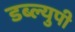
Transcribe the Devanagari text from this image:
डब्ल्युपी